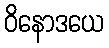
ဝိနောဒယေ